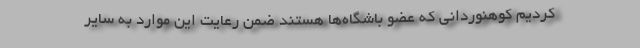
کردیم کوهنوردانی که عضو باشگاه‌ها هستند ضمن رعایت این موارد به سایر